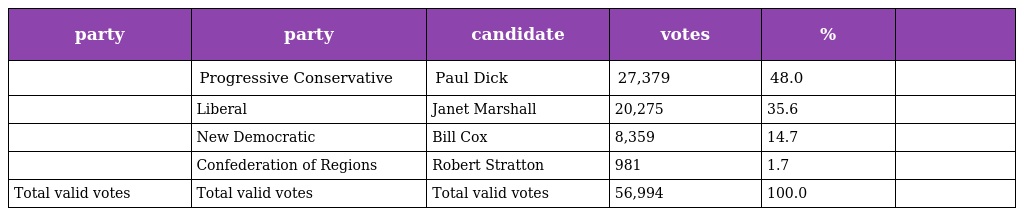
| party | party | candidate | votes | % |  |
 | --- | --- | --- | --- | --- | --- |
 |  | Progressive Conservative | Paul Dick | 27,379 | 48.0 |  |
 |  | Liberal | Janet Marshall | 20,275 | 35.6 |  |
 |  | New Democratic | Bill Cox | 8,359 | 14.7 |  |
 |  | Confederation of Regions | Robert Stratton | 981 | 1.7 |  |
 | Total valid votes | Total valid votes | Total valid votes | 56,994 | 100.0 |  |